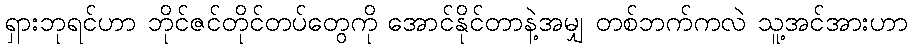
ရှားဘုရင်ဟာ ဘိုင်ဇင်တိုင်တပ်တွေကို အောင်နိုင်တာနဲ့အမျှ တစ်ဘက်ကလဲ သူ့အင်အားဟာ